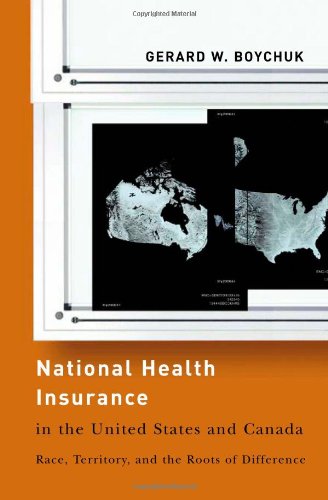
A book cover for National Health Insurance in the United States and Canada: Race, Territory, and the Roots of Difference (American Government and Public Policy); Gerard Boychuk; Business & Money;